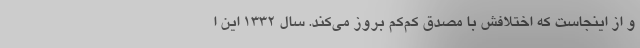
و از اینجاست که اختلافش با مصدق کم‌کم بروز می‌کند. سال ۱۳۳۲ این ا